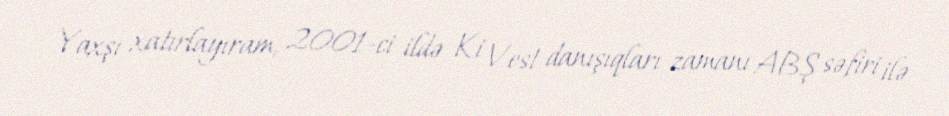
Yaxşı xatırlayıram, 2001-ci ildə Ki Vest danışıqları zamanı ABŞ səfiri ilə